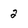
Character: 2